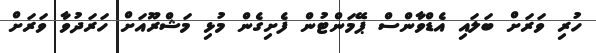
ހުރި ވަރަށް ބަލައި އެޑްވާންސް ޕޭމަންޓުން ފެށިގެން މުޅި މަޝްރޫއަށް ހަރަދުވާ ވަރަށް